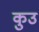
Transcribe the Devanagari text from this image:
कुउ